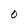
Character: O